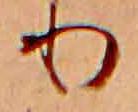
り